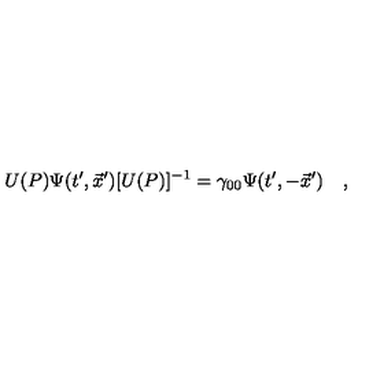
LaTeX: U ( P ) \Psi ( t ^ { \prime } , \vec { x } ^ { \prime } ) [ U ( P ) ] ^ { - 1 } = \gamma _ { 0 0 } \Psi ( t ^ { \prime } , - \vec { x } ^ { \prime } ) \quad ,